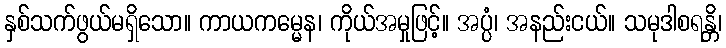
နှစ်သက်ဖွယ်မရှိသော။ ကာယကမ္မေန၊ ကိုယ်အမှုဖြင့်။ အပ္ပံ၊ အနည်းငယ်။ သမုဒါစရန္တိ၊